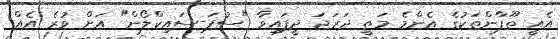
އެއީ ތޫފާންތަކުގެ އެންމެ މަތީ ދަރަޖަ ދީފައިވާ "ސުޕަ-ސައިކްލޯން" އަށް ވުރެ އެއް